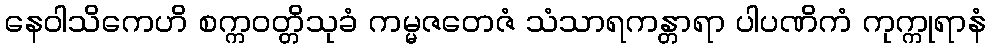
နေဝါသိကေဟိ စက္ကဝတ္တိသုခံ ကမ္မဇတေဇံ သံသာရကန္တာရာ ပါပဏိကံ ကုက္ကုရာနံ